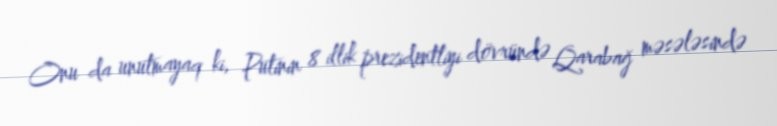
Onu da unutmayaq ki, Putinin 8 illik prezidentliyi dövründə Qarabağ məsələsində